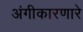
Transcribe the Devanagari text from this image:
अंगीकारणारे